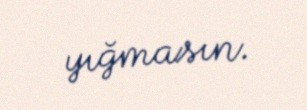
yığmasın.